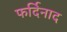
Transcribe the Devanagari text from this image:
फर्दिनाद